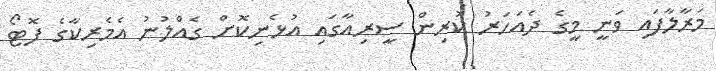
މަރާލާފައި ވަނީ މީގެ ދެއަހަރު ކުރިން ސީރިއާގައި އުޅެނިކޮށް ގެއްލުނު އެމެރިކާގެ ފޮޓޯ